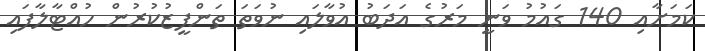
ކަމަށާއި 140 ގައުމު ވަނީ މަރުގެ އަދަބު އުވާލައި ނުވަތަ ތަންފީޒުކުރުން ހުއްޓާލާފައި